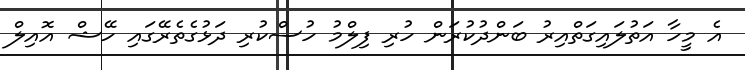
އެ މީހާ އަތުލައިގަތްއިރު ބަންދުކުރަން ހުރި ފިލްމު ހުސްކުރި ދަޅުގެތެރޭގައި ހޭޝް އޮއިލް